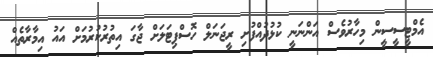
އެމްޓީސީސީން މިހާރުވެސް އަންނަނީ ކުޅުދުއްފުށި ރީޖަނަލް ހޮސްޕިޓަލަށް ޖާގަ އިތުރުކުރުމަށް އައު އިމާރާތެއް